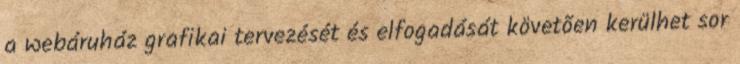
a webáruház grafikai tervezését és elfogadását követõen kerülhet sor